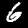
Label: 6